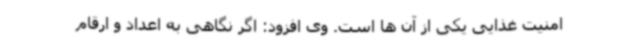
امنیت غذایی یکی از آن ها است. وی افزود: اگر نگاهی به اعداد و ارقام